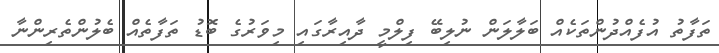
ތަފާތު އުފެއްދުންތަކެއް ބަލާލަން ނުލިބޭ ފިލްމީ ދާއިރާގައި މިވަރުގެ ބޮޑު ތަފާތެއް ބެލުންތެރިންނާ